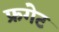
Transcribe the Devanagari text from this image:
फ्रगेट